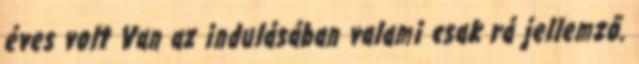
éves volt Van az indulásában valami csak rá jellemző.